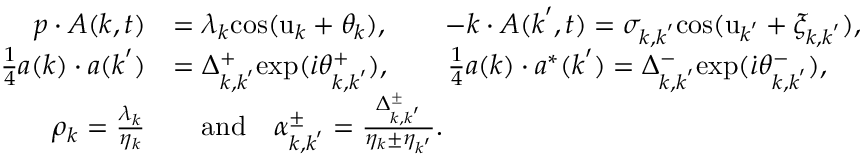
\begin{array} { r l } { \boldsymbol { p } \cdot \boldsymbol { A } ( \boldsymbol { k } , t ) } & { = \lambda _ { \boldsymbol { k } } \mathrm { c o s } ( \mathrm { u } _ { \boldsymbol { k } } + \theta _ { \boldsymbol { k } } ) , \qquad - \boldsymbol { k } \cdot A ( \boldsymbol { k } ^ { \prime } , t ) = \sigma _ { \boldsymbol { k } , \boldsymbol { k } ^ { \prime } } \mathrm { c o s } ( \mathrm { u } _ { \boldsymbol { k } ^ { \prime } } + \xi _ { \boldsymbol { k } , \boldsymbol { k } ^ { \prime } } ) , } \\ { \frac { 1 } { 4 } \boldsymbol { a } ( \boldsymbol { k } ) \cdot \boldsymbol { a } ( \boldsymbol { k } ^ { \prime } ) } & { = \Delta _ { \boldsymbol { k } , \boldsymbol { k } ^ { \prime } } ^ { + } \mathrm { e x p } ( \dot { \iota } \theta _ { \boldsymbol { k } , \boldsymbol { k } ^ { \prime } } ^ { + } ) , \qquad \frac { 1 } { 4 } \boldsymbol { a } ( \boldsymbol { k } ) \cdot \boldsymbol { a } ^ { * } ( \boldsymbol { k } ^ { \prime } ) = \Delta _ { \boldsymbol { k } , \boldsymbol { k } ^ { \prime } } ^ { - } \mathrm { e x p } ( \dot { \iota } \theta _ { \boldsymbol { k } , \boldsymbol { k } ^ { \prime } } ^ { - } ) , } \\ { \rho _ { \boldsymbol { k } } = \frac { \lambda _ { \boldsymbol { k } } } { \eta _ { \boldsymbol { k } } } } & { \quad \mathrm { a n d } \quad \alpha _ { \boldsymbol { k } , \boldsymbol { k } ^ { \prime } } ^ { \pm } = \frac { \Delta _ { \boldsymbol { k } , \boldsymbol { k } ^ { \prime } } ^ { \pm } } { \eta _ { \boldsymbol { k } } \pm \eta _ { \boldsymbol { k } ^ { \prime } } } . } \end{array}